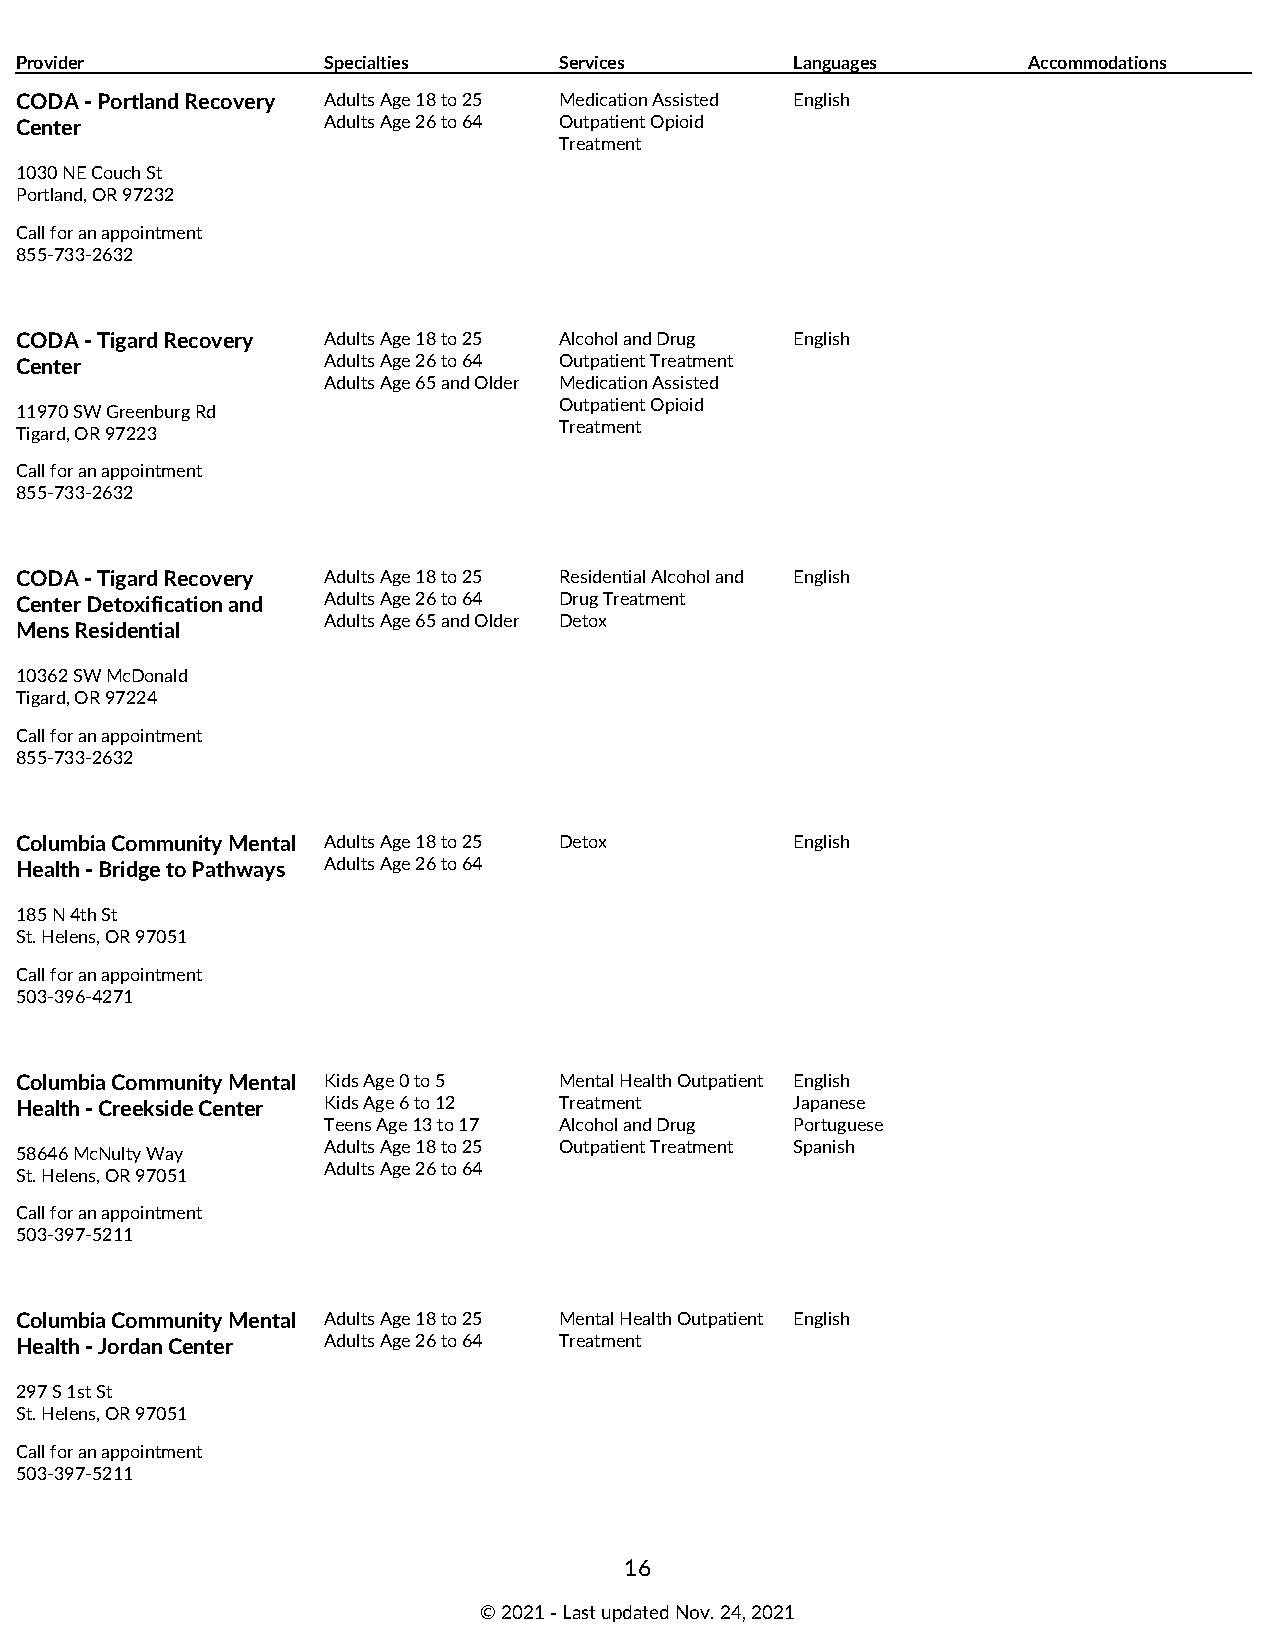
Provider            Specialties     Services        Languages      Accommodations
 CODA - Portland Recovery Adults Age 18 to 25 Medication Assisted English
 Center              Adults Age 26 to 64 Outpatient Opioid
 Treatment
 1030 NE Couch St
 Portland, OR 97232
 Call for an appointment
 855-733-2632
 CODA - Tigard Recovery Adults Age 18 to 25 Alcohol and Drug English
 Center              Adults Age 26 to 64 Outpatient Treatment
 Adults Age 65 and Older Medication Assisted
 Outpatient Opioid
 11970 SW Greenburg Rd
 Treatment
 Tigard, OR 97223
 Call for an appointment
 855-733-2632
 CODA - Tigard Recovery Adults Age 18 to 25 Residential Alcohol and English
 Center Detoxification and Adults Age 26 to 64 Drug Treatment
 Adults Age 65 and Older Detox
 Mens Residential
 10362 SW McDonald
 Tigard, OR 97224
 Call for an appointment
 855-733-2632
 Columbia Community Mental Adults Age 18 to 25 Detox English
 Health - Bridge to Pathways Adults Age 26 to 64
 185 N 4th St
 St. Helens, OR 97051
 Call for an appointment
 503-396-4271
 Columbia Community Mental Kids Age 0 to 5 Mental Health Outpatient English
 Health - Creekside Center Kids Age 6 to 12 Treatment Japanese
 Teens Age 13 to 17 Alcohol and Drug Portuguese
 Adults Age 18 to 25 Outpatient Treatment Spanish
 58646 McNulty Way
 Adults Age 26 to 64
 St. Helens, OR 97051
 Call for an appointment
 503-397-5211
 Columbia Community Mental Adults Age 18 to 25 Mental Health Outpatient English
 Health - Jordan Center Adults Age 26 to 64 Treatment
 297 S 1st St
 St. Helens, OR 97051
 Call for an appointment
 503-397-5211
 16
 © 2021 ‑ Last updated Nov. 24, 2021